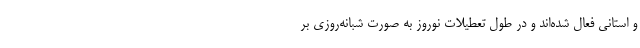
و استانی فعال شده‌اند و در طول تعطیلات نوروز به صورت شبانه‌روزی بر